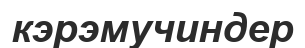
кэрэмучиндер